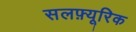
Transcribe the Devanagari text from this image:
सलफ़्यूरिक